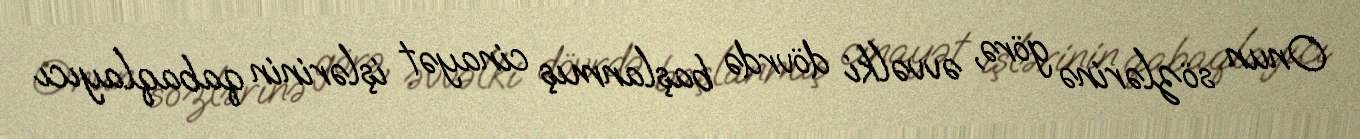
Onun sözlərinə görə, əvvəlki dövrdə başlanmış cinayət işlərinin qabaqlayıcı